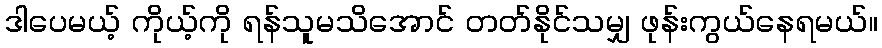
ဒါပေမယ့် ကိုယ့်ကို ရန်သူမသိအောင် တတ်နိုင်သမျှ ဖုန်းကွယ်နေရမယ်။